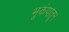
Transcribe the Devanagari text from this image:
भूकंपातून